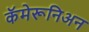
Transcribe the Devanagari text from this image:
कॅमेरूनिअन